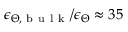
\epsilon _ { \Theta , \mathrm { ~ b ~ u ~ l ~ k ~ } } / \epsilon _ { \Theta } \approx 3 5 \